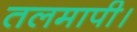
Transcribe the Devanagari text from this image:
तलमापी।